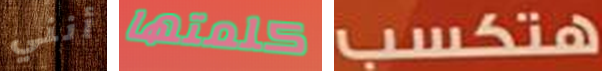
أنني كلمتها هتكسب